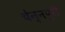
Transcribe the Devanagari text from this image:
चेन्नपुरी